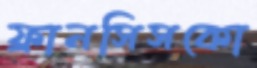
ফ্রানসিসকো